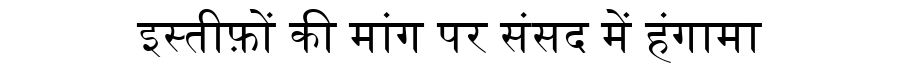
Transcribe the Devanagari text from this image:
इस्तीफ़ों की मांग पर संसद में हंगामा